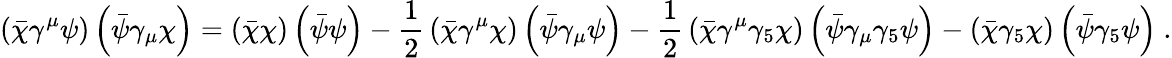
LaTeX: \left({\bar{\chi}}\gamma^{\mu}\psi\right)\left({\bar{\psi}}\gamma_{\mu}\chi\right)=\left({\bar{\chi}}\chi\right)\left({\bar{\psi}}\psi\right)-{\frac{1}{2}}\left({\bar{\chi}}\gamma^{\mu}\chi\right)\left({\bar{\psi}}\gamma_{\mu}\psi\right)-{\frac{1}{2}}\left({\bar{\chi}}\gamma^{\mu}\gamma_{5}\chi\right)\left({\bar{\psi}}\gamma_{\mu}\gamma_{5}\psi\right)-\left({\bar{\chi}}\gamma_{5}\chi\right)\left({\bar{\psi}}\gamma_{5}\psi\right)~.